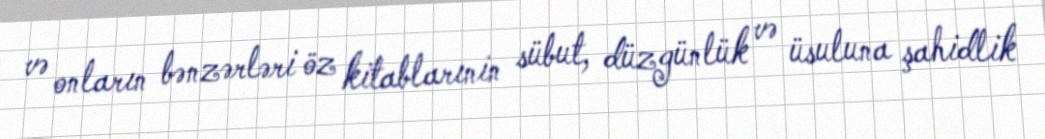
və onların bənzərləri öz kitablarınin sübut, düzgünlük və üsuluna şahidlik